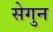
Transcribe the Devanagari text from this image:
सेगुन